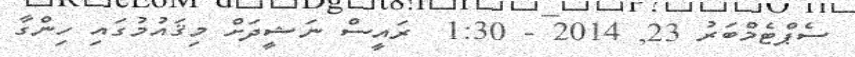
ސެޕްޓެމްބަރު 23